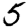
Digit: 5